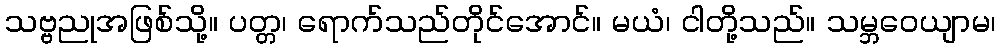
သဗ္ဗညုအဖြစ်သို့။ ပတ္တ၊ ရောက်သည်တိုင်အောင်။ မယံ၊ ငါတို့သည်။ သမ္ဘဝေယျာမ၊